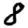
Digit: 8